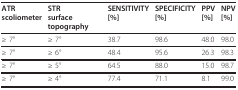
| ATRscoliometer | STRsurface topography | SENSITIVITY[%] | SPECIFICITY[%] | PPV[%] | NPV[%] |
 | --- | --- | --- | --- | --- | --- |
 | ≥ 7° | ≥ 7° | 38.7 | 98.6 | 48.0 | 98.0 |
 | ≥ 7° | ≥ 6° | 48.4 | 95.6 | 26.3 | 98.3 |
 | ≥ 7° | ≥ 5° | 64.5 | 88.0 | 15.0 | 98.7 |
 | ≥ 7° | ≥ 4° | 77.4 | 71.1 | 8.1 | 99.0 |